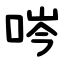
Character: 㖗